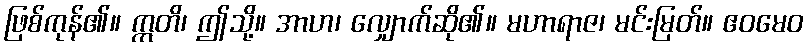
ဖြစ်ကုန်၏။ ဣတိ၊ ဤသို့။ အာဟ၊ လျှောက်ဆို၏။ မဟာရာဇ၊ မင်းမြတ်။ ဧဝမေဝ